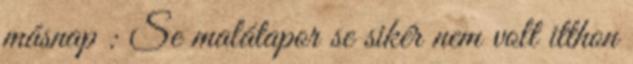
másnap : Se malátapor se sikér nem volt itthon